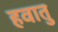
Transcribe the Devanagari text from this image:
हवातु